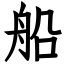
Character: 船